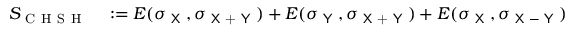
\begin{array} { r l } { S _ { \mathrm { ~ C ~ H ~ S ~ H ~ } } } & { { } : = E ( \sigma _ { \textsf { X } } , \sigma _ { \textsf { X + Y } } ) + E ( \sigma _ { \textsf { Y } } , \sigma _ { \textsf { X + Y } } ) + E ( \sigma _ { \textsf { X } } , \sigma _ { \textsf { X } - \textsf { Y } } ) } \end{array}